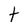
Character: t